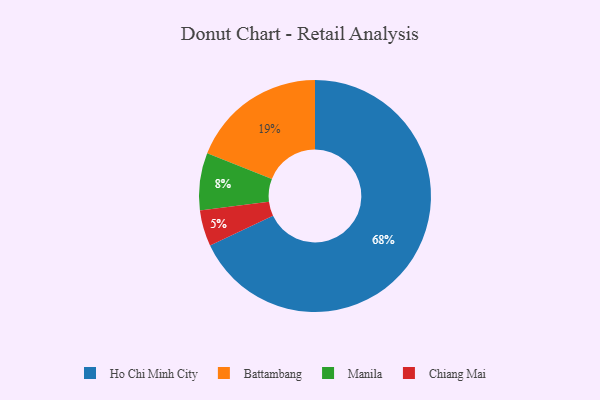
{"axis": {"x": "Category", "y": "Percentage"}, "legend": ["Battambang", "Chiang Mai", "Ho Chi Minh City", "Manila"], "data": [{"x": "Manila", "y": 8, "type": "Manila"}, {"x": "Chiang Mai", "y": 5, "type": "Chiang Mai"}, {"x": "Ho Chi Minh City", "y": 68, "type": "Ho Chi Minh City"}, {"x": "Battambang", "y": 19, "type": "Battambang"}]}